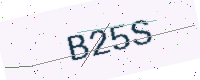
Text: B25S